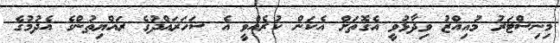
މިނިސްޓަރު މުއިއްޒު ވިދާޅުވީ އެގޮތަށް އެކަން ކުރެއްވީ އެ ސަހަރައްދުގެ ރައްޔިތުންގެ އެދުމުގެ